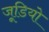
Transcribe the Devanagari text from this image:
जूडियो